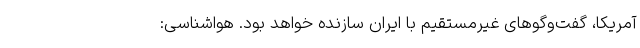
آمریکا، گفت‌وگوهای غیرمستقیم با ایران سازنده خواهد بود. هواشناسی: